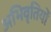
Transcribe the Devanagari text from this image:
अभिवृतियों